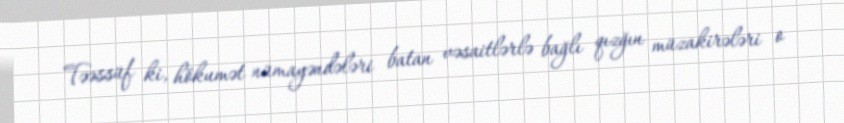
Təəssüf ki, hökumət nümayəndələri batan vəsaitlərlə bağlı qızğın müzakirələri o